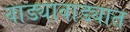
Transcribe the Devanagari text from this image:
वाड्यावाड्यात